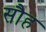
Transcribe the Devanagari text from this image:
सौह